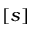
[ s ]